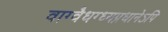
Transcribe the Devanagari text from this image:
वाग्वैधग्ध्यप्रधानेऽपि